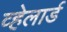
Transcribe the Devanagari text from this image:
व्हेलार्ड